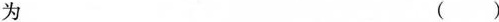
为 ()